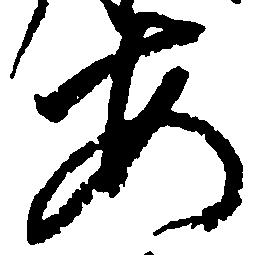
安